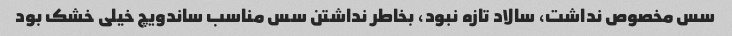
سس مخصوص نداشت، سالاد تازه نبود، بخاطر نداشتن سس مناسب ساندویچ خیلی خشک بود